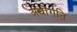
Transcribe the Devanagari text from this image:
अधोगति